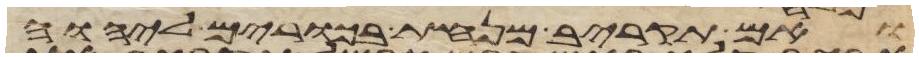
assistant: ואם תקריב מנחת בכורים ליהוה